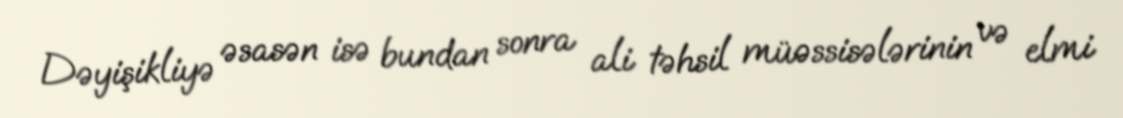
Dəyişikliyə əsasən isə bundan sonra ali təhsil müəssisələrinin və elmi